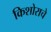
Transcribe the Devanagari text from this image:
किशोराचे